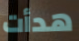
هدأت